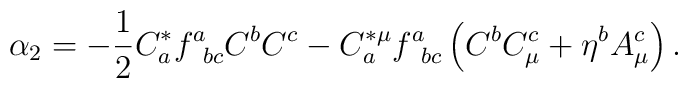
\alpha _{2}=-\frac{1}{2}C_{a}^{*}f_{\;\;bc}^{a}C^{b}C^{c}-C_{a}^{*\mu}f_{\;\;bc}^{a}\left( C^{b}C_{\mu }^{c}+\eta ^{b}A_{\mu }^{c}\right) .